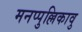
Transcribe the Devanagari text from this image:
मनप्पुल्लिकावु